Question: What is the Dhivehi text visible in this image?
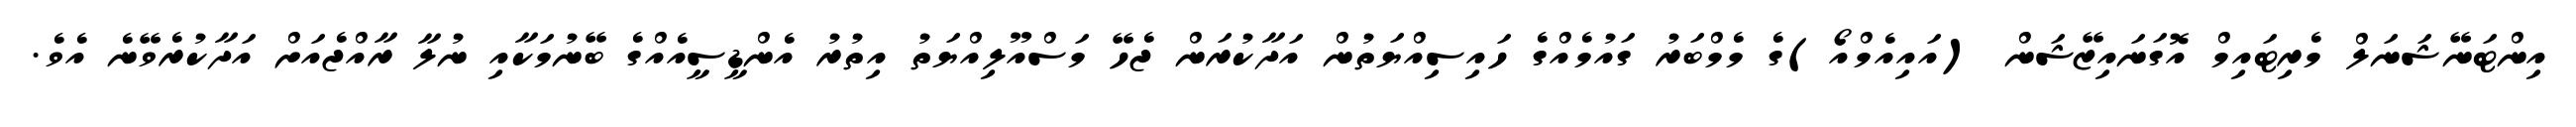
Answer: އިންޓަނޭޝަނަލް މެރިޓައިމް އޮގަނައިޒޭޝަން (އައިއެމްއޯ)ގެ މެމްބަރު ގައުމެއްގެ ހައިސިއްޔަތުން އަދާކުރަން ޖެހޭ މަސްއޫލިއްޔަތު އިތުރު އެންޑީސީއެއްގެ ބޭނުމަކާއި ނުލާ ރާއްޖެއަށް އަދާކުރެވޭނެ އެވެ.